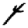
Digit: 4